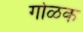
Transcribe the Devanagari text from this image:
गोळक